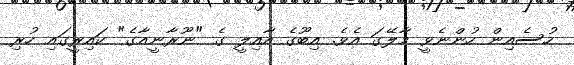
ހުސެއިން ހުންނެވީ މާލޭގަ އެވެ. އިބޫގެ އާއިލީ ގެ "ނޫރާނީއާގެ" ކައިރީގައި ހުރި